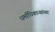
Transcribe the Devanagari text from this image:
धर्माधिकाऱ्यांच्या